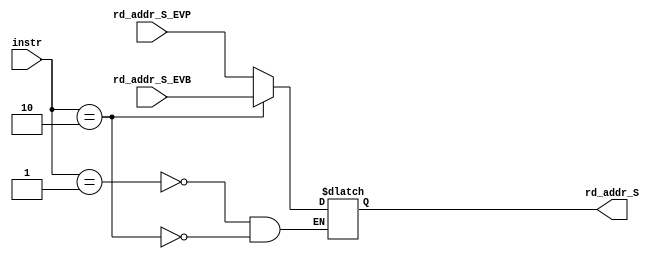
`timescale 1ns/1ps

module rd_addr_S_MUX #(parameter s_size = 88)(

 input [log2(s_size) - 1 : 0]  rd_addr_S_EVP,
 input [log2(s_size) - 1 : 0]  rd_addr_S_EVB,
 input [7 : 0] 		       instr,
 output reg [log2(s_size) - 1 : 0] rd_addr_S
						);
   localparam STP = 2'b00, EVP = 2'b01, EVB = 2'b10, RST = 2'b11;

   //assign rd_addr_S = (instr - 1) ? rd_addr_S_EVP : rd_addr_S_EVB;
  
   always@(rd_addr_S_EVP, rd_addr_S_EVB)
     begin
        case(instr)
            EVP: rd_addr_S <= rd_addr_S_EVP;
            EVB: rd_addr_S <= rd_addr_S_EVB;
        endcase  
     end // UNMATCHED !!

   function integer log2;
    input [31 : 0] value;
     integer i;
    begin
          if(value==1)
                log2=1;
          else
              begin
              i = value - 1;
              for (log2 = 0; i > 0; log2 = log2 + 1) begin
                    i = i >> 1;
              end
              end
    end
   endfunction // log2
endmodule